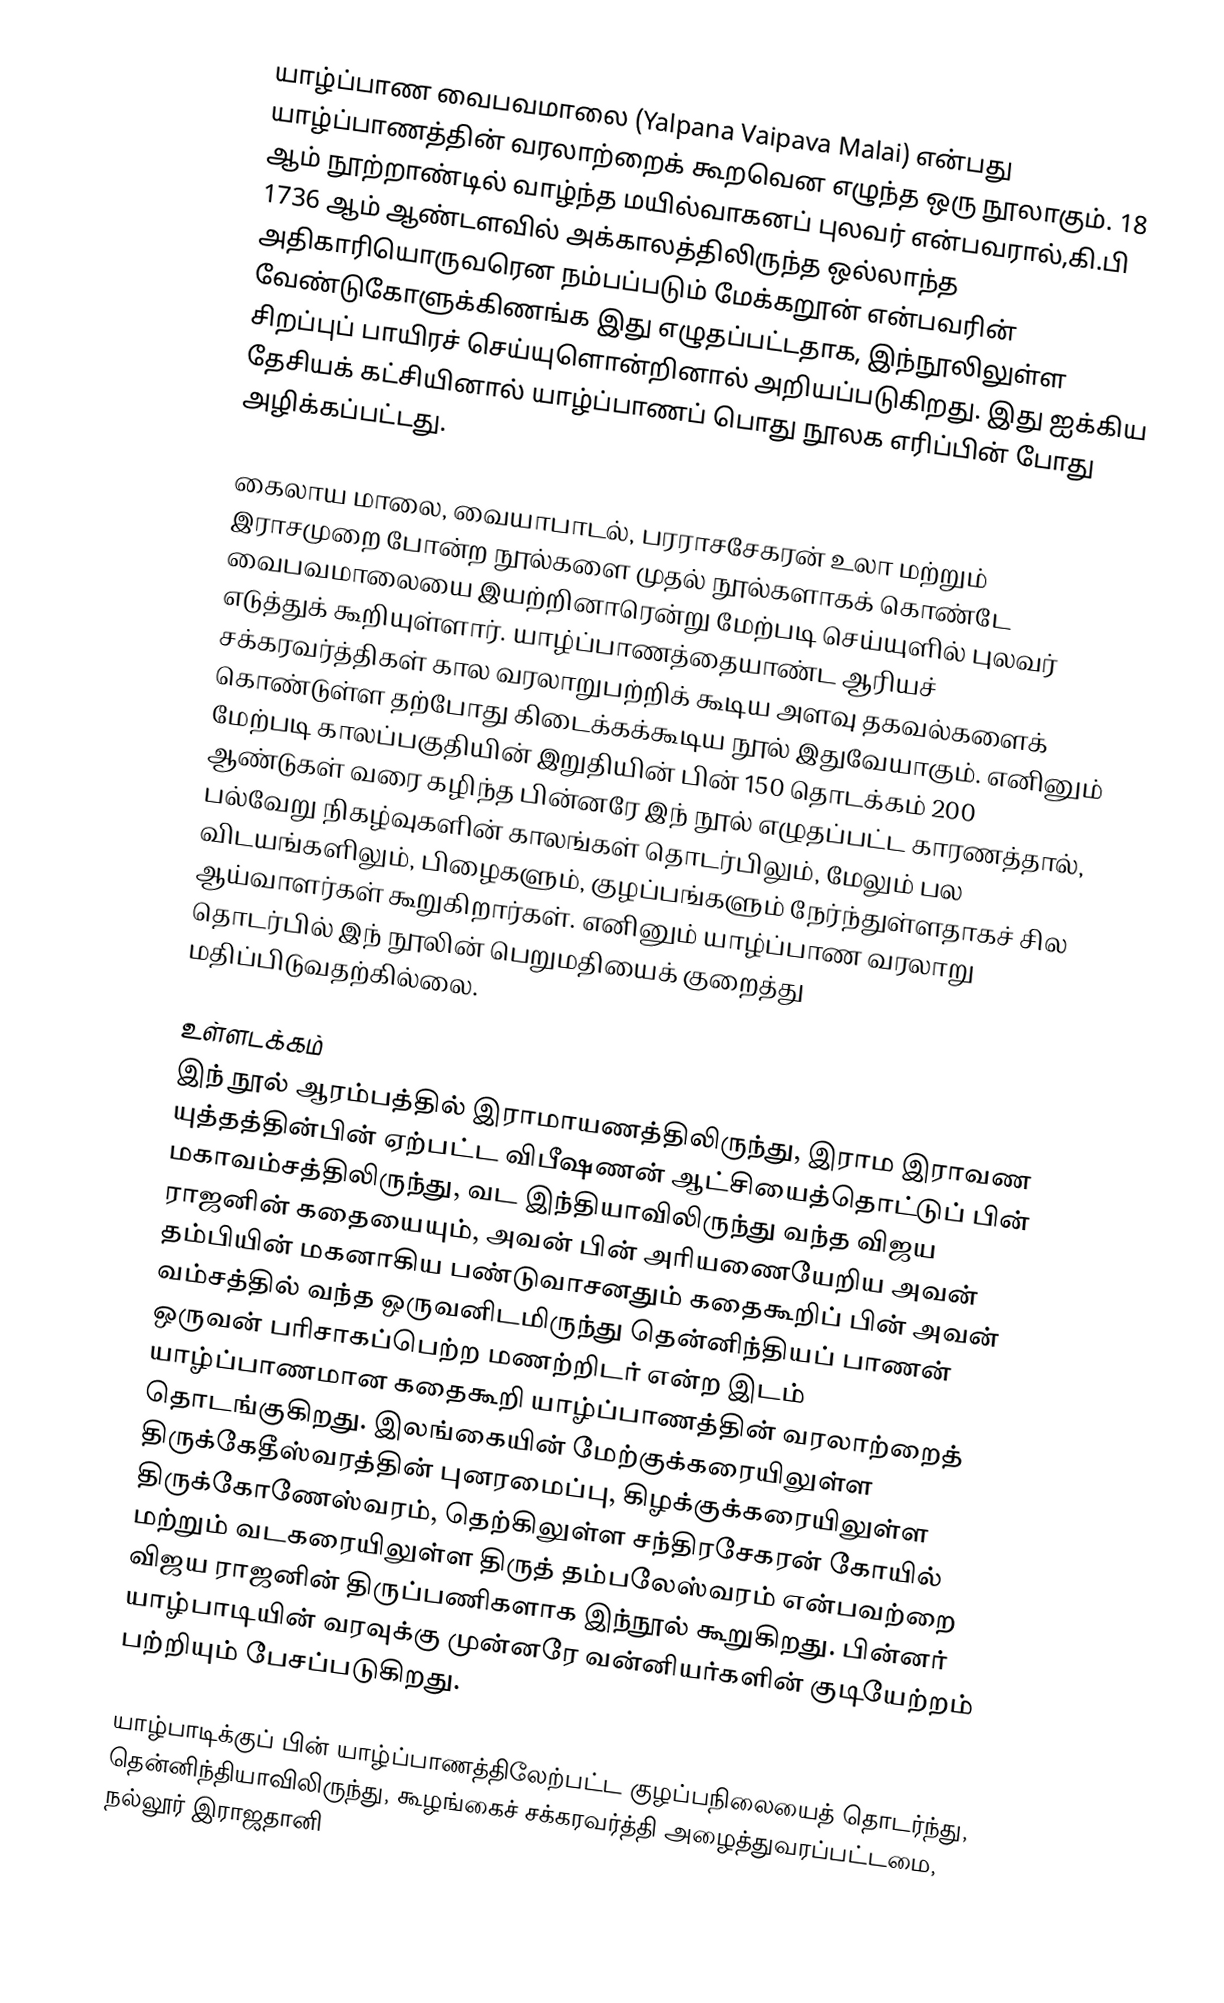
யாழ்ப்பாண வைபவமாலை (Yalpana Vaipava Malai) என்பது யாழ்ப்பாணத்தின் வரலாற்றைக் கூறவென எழுந்த ஒரு நூலாகும். 18 ஆம் நூற்றாண்டில் வாழ்ந்த மயில்வாகனப் புலவர் என்பவரால்,கி.பி 1736 ஆம் ஆண்டளவில் அக்காலத்திலிருந்த ஒல்லாந்த அதிகாரியொருவரென நம்பப்படும் மேக்கறூன் என்பவரின் வேண்டுகோளுக்கிணங்க இது எழுதப்பட்டதாக, இந்நூலிலுள்ள சிறப்புப் பாயிரச் செய்யுளொன்றினால் அறியப்படுகிறது. இது ஐக்கிய தேசியக் கட்சியினால் யாழ்ப்பாணப் பொது நூலக எரிப்பின் போது அழிக்கப்பட்டது.

கைலாய மாலை, வையாபாடல், பரராசசேகரன் உலா மற்றும் இராசமுறை போன்ற நூல்களை முதல் நூல்களாகக் கொண்டே வைபவமாலையை இயற்றினாரென்று மேற்படி செய்யுளில் புலவர் எடுத்துக் கூறியுள்ளார். யாழ்ப்பாணத்தையாண்ட ஆரியச் சக்கரவர்த்திகள் கால வரலாறுபற்றிக் கூடிய அளவு தகவல்களைக் கொண்டுள்ள தற்போது கிடைக்கக்கூடிய நூல் இதுவேயாகும். எனினும் மேற்படி காலப்பகுதியின் இறுதியின் பின் 150 தொடக்கம் 200 ஆண்டுகள் வரை கழிந்த பின்னரே இந் நூல் எழுதப்பட்ட காரணத்தால், பல்வேறு நிகழ்வுகளின் காலங்கள் தொடர்பிலும், மேலும் பல விடயங்களிலும், பிழைகளும், குழப்பங்களும் நேர்ந்துள்ளதாகச் சில ஆய்வாளர்கள் கூறுகிறார்கள். எனினும் யாழ்ப்பாண வரலாறு தொடர்பில் இந் நூலின் பெறுமதியைக் குறைத்து மதிப்பிடுவதற்கில்லை.

உள்ளடக்கம்
இந் நூல் ஆரம்பத்தில் இராமாயணத்திலிருந்து, இராம இராவண யுத்தத்தின்பின் ஏற்பட்ட விபீஷணன் ஆட்சியைத்தொட்டுப் பின் மகாவம்சத்திலிருந்து, வட இந்தியாவிலிருந்து வந்த விஜய ராஜனின் கதையையும், அவன் பின் அரியணையேறிய அவன் தம்பியின் மகனாகிய பண்டுவாசனதும் கதைகூறிப் பின் அவன் வம்சத்தில் வந்த ஒருவனிடமிருந்து தென்னிந்தியப் பாணன் ஒருவன் பரிசாகப்பெற்ற மணற்றிடர் என்ற இடம் யாழ்ப்பாணமான கதைகூறி யாழ்ப்பாணத்தின் வரலாற்றைத் தொடங்குகிறது. இலங்கையின் மேற்குக்கரையிலுள்ள திருக்கேதீஸ்வரத்தின் புனரமைப்பு, கிழக்குக்கரையிலுள்ள திருக்கோணேஸ்வரம், தெற்கிலுள்ள சந்திரசேகரன் கோயில் மற்றும் வடகரையிலுள்ள திருத் தம்பலேஸ்வரம் என்பவற்றை விஜய ராஜனின் திருப்பணிகளாக இந்நூல் கூறுகிறது. பின்னர் யாழ்பாடியின் வரவுக்கு முன்னரே வன்னியர்களின் குடியேற்றம் பற்றியும் பேசப்படுகிறது.

யாழ்பாடிக்குப் பின் யாழ்ப்பாணத்திலேற்பட்ட குழப்பநிலையைத் தொடர்ந்து, தென்னிந்தியாவிலிருந்து, கூழங்கைச் சக்கரவர்த்தி அழைத்துவரப்பட்டமை, நல்லூர் இராஜதானி